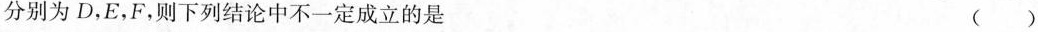
分别为D，E，F，则下列结论中不一定成立的是 ()